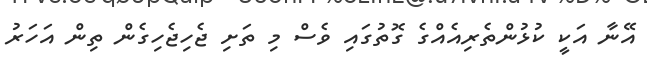
އޭނާ އަކީ ކުޅުންތެރިއެއްގެ ގޮތުގައި ވެސް މި ތަށި ޖެހިޖެހިގެން ތިން އަހަރު